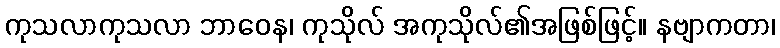
ကုသလာကုသလာ ဘာဝေန၊ ကုသိုလ် အကုသိုလ်၏အဖြစ်ဖြင့်။ နဗျာကတာ၊